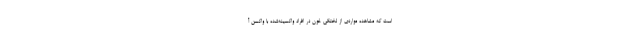
است که مشاهده مواردی از لختگی خون در افراد واکسینه‌شده با واکسن آ